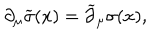
\partial _ { \mu } \widetilde \sigma ( x ) = \widetilde \partial _ { \mu } \sigma ( x ) ,